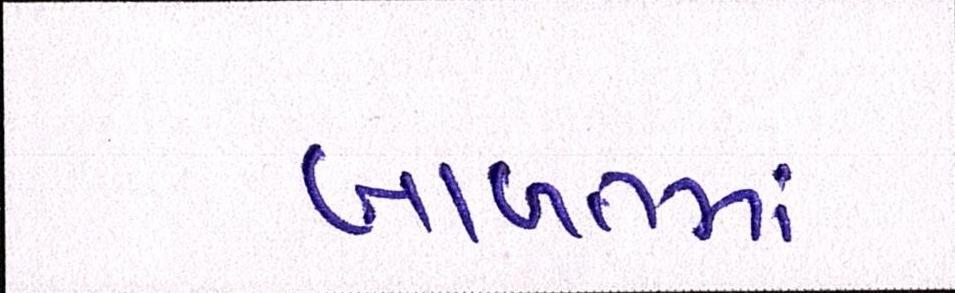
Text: બાબતમાં